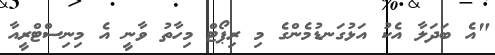
"އެ ބަދަލާ އެކު އަޅުގަނޑުމެންގެ މި ރިޕޯޓް މިހާތު ވާނީ އެ މިނިސްޓްރީއާ